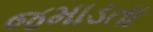
જમાડતા